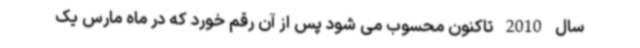
سال 2010 تاکنون محسوب می شود پس از آن رقم خورد که در ماه مارس یک